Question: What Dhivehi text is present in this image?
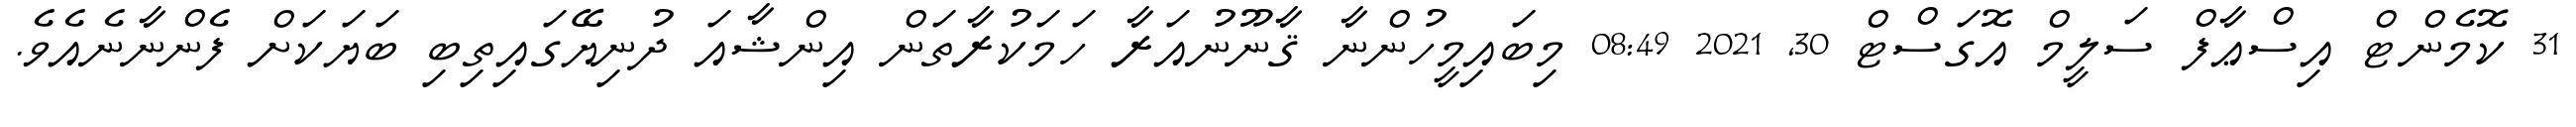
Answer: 31 ކޮމެންޓް އިސްޢާފް ސަލީމް އޮގަސްޓް 30, 2021 08:49 މިބައިމީހުންނާ ޤާނޫނުއަރާ ހަމަކުރާތަން އިންޝާއަ ދުނިޔޭގައިތިބި ބަޔަކަށް ފެންނާނެއެވެ.